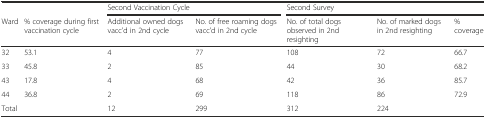
<table><thead><tr><td></td><td></td><td colspan="2"><b>Second Vaccination Cycle</b></td><td colspan="3"><b>Second Survey</b></td></tr><tr><td><b>Ward</b></td><td><b>% coverage during first vaccination cycle</b></td><td><b>Additional owned dogs vacc&#x27;d in 2nd cycle</b></td><td><b>No. of free roaming dogs vacc&#x27;d in 2nd cycle</b></td><td><b>No. of total dogs observed in 2nd resighting</b></td><td><b>No. of marked dogs in 2nd resighting</b></td><td><b>% coverage</b></td></tr></thead><tbody><tr><td>32</td><td>53.1</td><td>4</td><td>77</td><td>108</td><td>72</td><td>66.7</td></tr><tr><td>33</td><td>45.8</td><td>2</td><td>85</td><td>44</td><td>30</td><td>68.2</td></tr><tr><td>43</td><td>17.8</td><td>4</td><td>68</td><td>42</td><td>36</td><td>85.7</td></tr><tr><td>44</td><td>36.8</td><td>2</td><td>69</td><td>118</td><td>86</td><td>72.9</td></tr><tr><td>Total</td><td></td><td>12</td><td>299</td><td>312</td><td>224</td><td></td></tr></tbody></table>